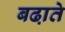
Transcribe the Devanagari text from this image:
बढा़ते